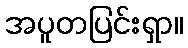
အပူတပြင်းရှာ။